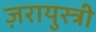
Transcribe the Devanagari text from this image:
ज़रायुस्त्री